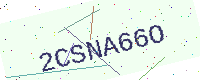
Text: 2CSNA66O